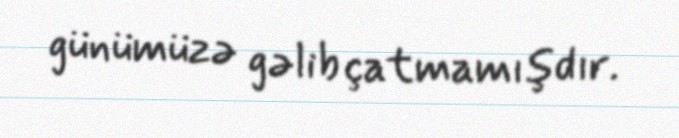
günümüzə gəlib çatmamışdır.